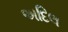
અદિલ